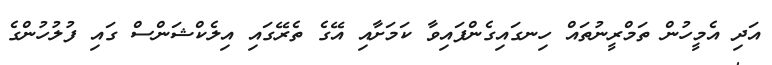
އަދި އެމީހުން ތަމްރީނުތައް ހިނގައިގެންފައިވާ ކަމަށާއި އޭގެ ތެރޭގައި އިލެކްޝަންސް ގައި ފުލުހުންގެ